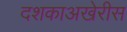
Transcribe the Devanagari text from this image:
दशकाअखेरीस